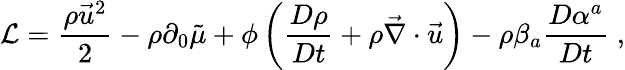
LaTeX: {\cal L}=\frac{\rho\vec{u}^{2}}{2}-\rho\partial_{0}\tilde{\mu}+\phi\left(\frac{D\rho}{Dt}+\rho\vec{\nabla}\cdot\vec{u}\right)-\rho\beta_{a}\frac{D\alpha^{a}}{Dt}\; ,